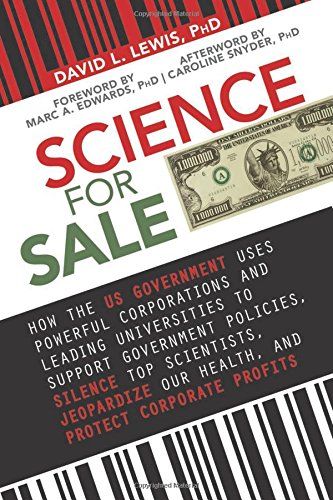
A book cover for Science for Sale: How the US Government Uses Powerful Corporations and Leading Universities to Support Government Policies, Silence Top Scientists, Jeopardize Our Health, and Protect Corporate Profits; David L. Lewis PhD; Biographies & Memoirs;